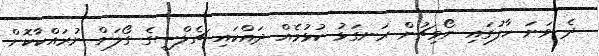
ދެ ވަނަ ހާފުގައި ނޯވިޗުން ރަނގަޅު ކުޅުމެއް ދައްކައި ޗެލްސީގެ ގޯލަށް ނުރައްކާކޮށް